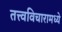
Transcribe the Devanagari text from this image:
तत्त्वविचारामध्ये